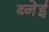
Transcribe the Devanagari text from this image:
ब्नेई